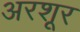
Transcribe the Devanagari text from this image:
अरशूर